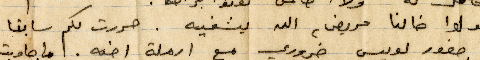
تقولوا خالنا مريض، الله يشفيه. حررت لكم سابقًا